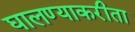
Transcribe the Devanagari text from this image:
घालण्याकरीता